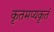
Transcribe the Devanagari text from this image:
कृतमप्यकृतं